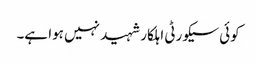
کوئی سیکورٹی اہلکار شہید نہیں ہوا ہے۔